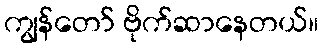
ကျွန်တော် ဗိုက်ဆာနေတယ်။